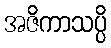
အဇိကာသပ္ပိ